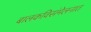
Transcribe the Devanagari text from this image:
बालकविसंमेलनात